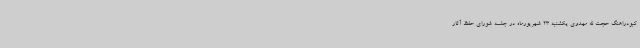
کبودراهنگ حجت الله مهدوی یکشنبه 23 شهریورماه در جلسه شورای حفظ آثار